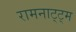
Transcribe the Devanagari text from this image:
रामनाट्ट्म